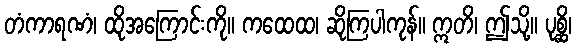
တံကာရဏံ၊ ထိုအကြောင်းကို။ ကထေထ၊ ဆိုကြပါကုန်။ ဣတိ၊ ဤသို့။ ပုစ္ဆိ၊